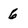
Character: 6